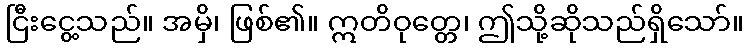
ငြီးငွေ့သည်။ အမှိ၊ ဖြစ်၏။ ဣတိဝုတ္တေ၊ ဤသို့ဆိုသည်ရှိသော်။